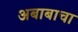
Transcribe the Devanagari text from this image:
अबाबाचा